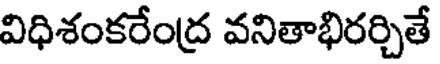
విధిశంకరేంద్ర వనితాభిరర్చితే